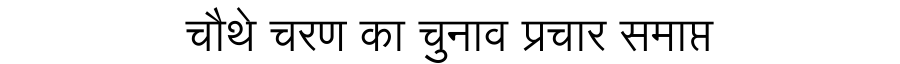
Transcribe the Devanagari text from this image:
चौथे चरण का चुनाव प्रचार समाप्त